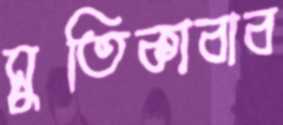
সুতিকাবাব